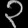
Digit: ၃